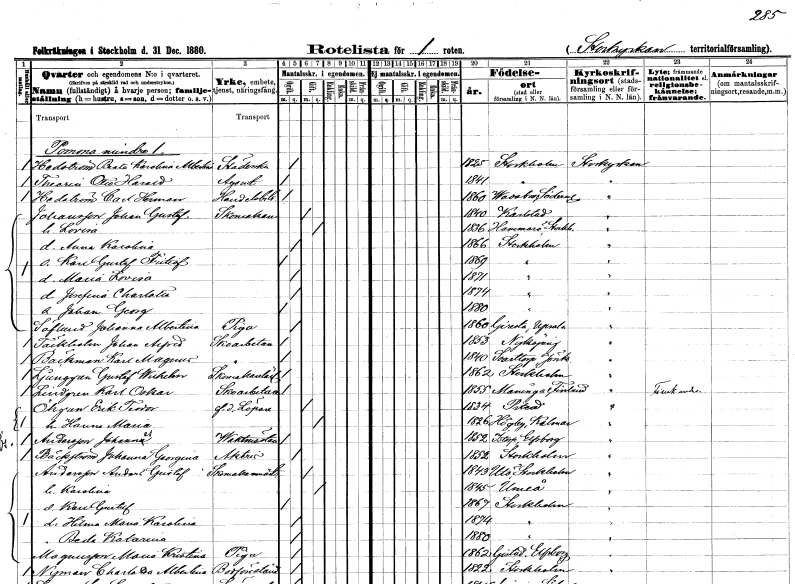
gt_parse: households: individuals: FN: Beata Karolina Albertina
EN: Hedström
YRKE: Städerska
KON: K
CIV: O
FODAR: 1825
FODFORS: Stockholm
FN: Otto Harald
EN: Theorin
YRKE: Agent
KON: M
CIV: O
FODAR: 1841
FODFORS: Stockholm
FN: Carl Herman
EN: Hedström
YRKE: Handelsbiträde
KON: M
CIV: O
FODAR: 1860
FODFORS: Västermo Södermanlands län
FN: Johan Gustaf
EN: Johansson
YRKE: Skomakare
KON: M
CIV: G
FODAR: 1840
FODFORS: Karlstad Värmlands län
FN: Lovisa
KON: K
CIV: G
FODAR: 1836
FODFORS: Hammarö Värmlands län
FN: Anna Karolina
KON: K
CIV: O
FODAR: 1866
FODFORS: Stockholm
FN: Karl Gustaf Fritiof
KON: M
CIV: O
FODAR: 1869
FODFORS: Stockholm
FN: Maria Lovisa
KON: K
CIV: O
FODAR: 1871
FODFORS: Stockholm
FN: Josefina Charlotta
KON: K
CIV: O
FODAR: 1874
FODFORS: Stockholm
FN: Johan Georg
KON: M
CIV: O
FODAR: 1880
FODFORS: Stockholm
FN: Johanna Albertina
EN: Söflund
YRKE: Piga
KON: K
CIV: O
FODAR: 1860
FODFORS: Giresta Uppsala län
FN: Johan Alfred
EN: Täckholm
YRKE: Skoarbetare
KON: M
CIV: O
FODAR: 1853
FODFORS: Nyköping Södermanlands län
FN: Karl Magnus
EN: Bäckman
YRKE: Skoarbetare
KON: M
CIV: O
FODAR: 1840
FODFORS: Svarttorp Jönköpings län
FN: Gustaf Wilhelm
EN: Ljunggren
YRKE: Skomakarelärling
KON: M
CIV: O
FODAR: 1862
FODFORS: Stockholm
FN: Karl Oskar
EN: Lindgren
YRKE: Skoarbetare
KON: M
CIV: O
FODAR: 1855
FN: Erik Teodor
EN: Öhrgren
YRKE: Löpare f.d.
KON: M
CIV: G
FODAR: 1834
FODFORS: Piteå Norrbottens län
FN: Hanna Maria
KON: K
CIV: G
FODAR: 1826
FODFORS: Högby Kalmar län
FN: Johannes
EN: Andersson
YRKE: Vaktmästare
KON: M
CIV: O
FODAR: 1852
FODFORS: Istorp Älvsborgs län
FN: Johanna Georgina
EN: Bäckström
YRKE: Aktör
KON: K
CIV: O
FODAR: 1852
FODFORS: Stockholm
FN: Anders Gustaf
EN: Andersson
YRKE: Skomakarmäster
KON: M
CIV: G
FODAR: 1843
FODFORS: Utö Stockholms län
FN: Karolina
KON: K
CIV: G
FODAR: 1845
FODFORS: Umeå Västerbottens län
FN: Karl Gustaf
KON: M
CIV: O
FODAR: 1867
FODFORS: Stockholm
FN: Hilma Maria Karolina
KON: K
CIV: O
FODAR: 1874
FODFORS: Stockholm